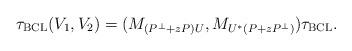
LaTeX: \begin{align*}\tau_{\rm BCL}(V_1,V_2)=(M_{(P^\perp+zP)U},M_{U^*(P+zP^\perp)})\tau_{\rm BCL}.\end{align*}